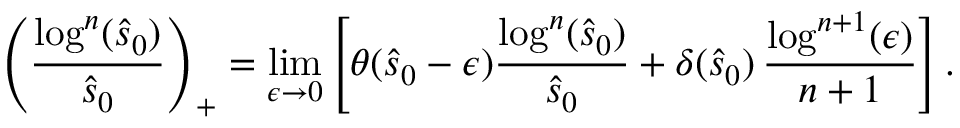
\left( \frac { \log ^ { n } ( \hat { s } _ { 0 } ) } { \hat { s } _ { 0 } } \right) _ { + } = \operatorname * { l i m } _ { \epsilon \to 0 } \left[ \theta ( \hat { s } _ { 0 } - \epsilon ) \frac { \log ^ { n } ( \hat { s } _ { 0 } ) } { \hat { s } _ { 0 } } + \delta ( \hat { s } _ { 0 } ) \, \frac { \log ^ { n + 1 } ( \epsilon ) } { n + 1 } \right] .